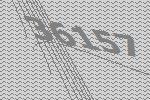
36157